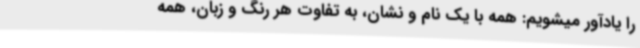
را یادآور میشویم: همه با یک نام و نشان، به تفاوت هر رنگ و زبان، همه